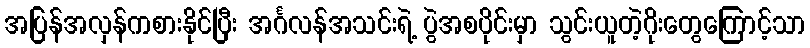
အပြန်အလှန်ကစားနိုင်ပြီး အင်္ဂလန်အသင်းရဲ့ ပွဲအစပိုင်းမှာ သွင်းယူတဲ့ဂိုးတွေကြောင့်သာ